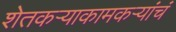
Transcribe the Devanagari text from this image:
शेतकऱ्याकामकऱ्यांचं